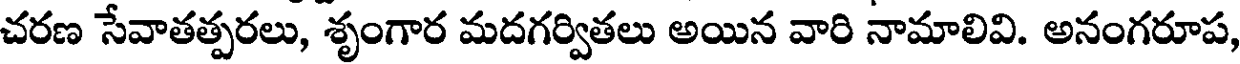
చరణ సేవాతత్పరలు, శృంగార మదగర్వితలు అయిన వారి నామాలివి. అనంగరూప,